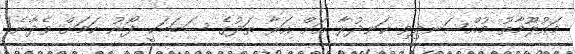
މައުލޫމާތު މުއްސަނދިވި ކަނދުރާ އަށް އަރާ ތަދުގެ ސަބަބަކީ ފޯނު ކަމަށް ވެދާނެ!